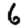
Digit: 6